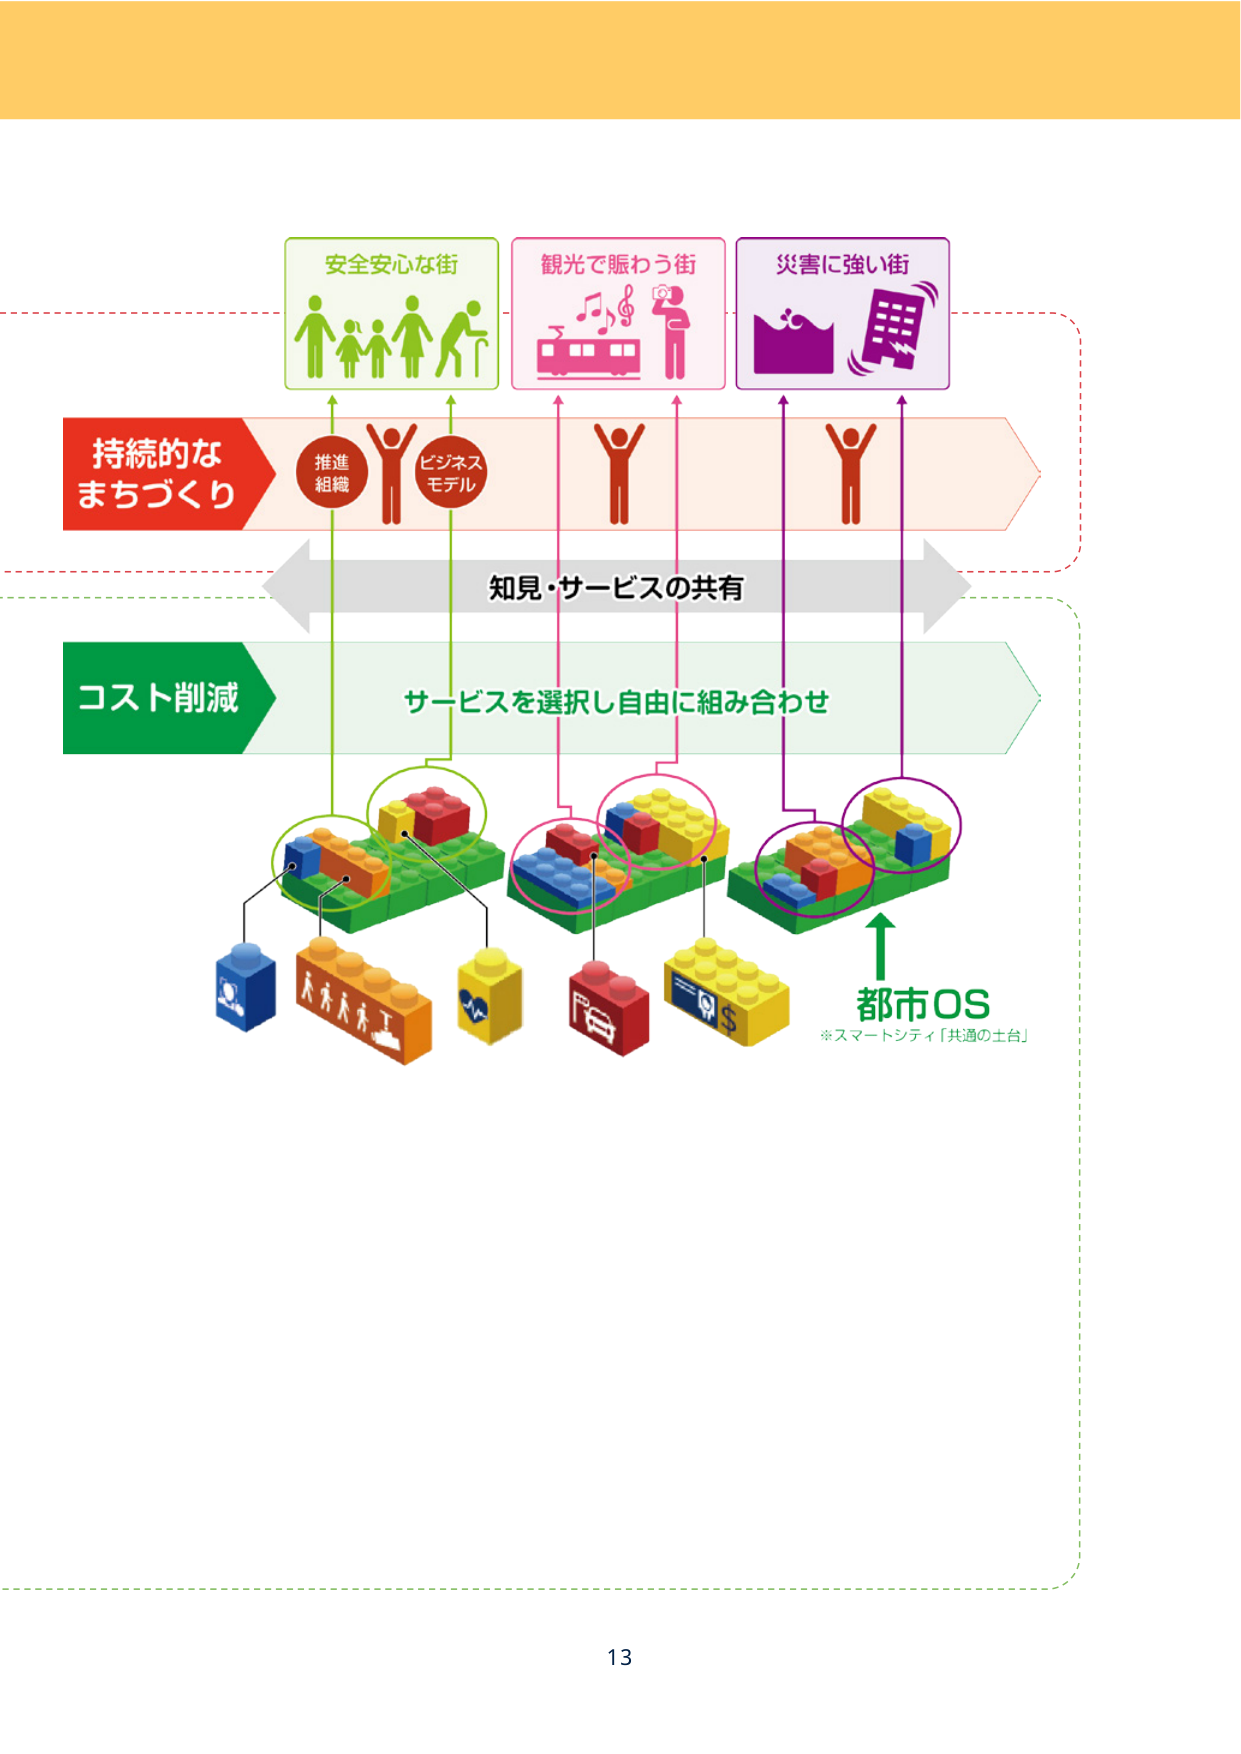
安全安心な街
観光で賑わう街
災害に強い街
持続的な
まちづくり
推進
組織
ビジネス
モデル
知見・サービスの共有
コスト削減
サービスを選択し自由に組み合わせ
都市OS
※スマートシティ「共通の土台」
13